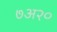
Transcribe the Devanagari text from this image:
७अ२०